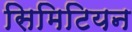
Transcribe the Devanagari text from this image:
सिमिटियन